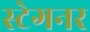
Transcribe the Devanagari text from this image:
स्टेगनर